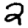
Digit: 2